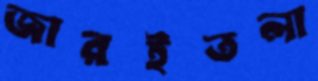
জারইতলা